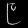
Digit: ၉